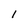
Character: 1